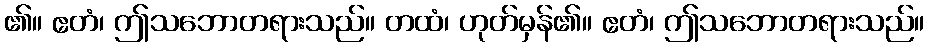
၏။ ဧတံ၊ ဤသဘောတရားသည်။ တထံ၊ ဟုတ်မှန်၏။ ဧတံ၊ ဤသဘောတရားသည်။